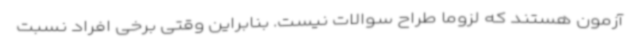
آزمون هستند که لزوما طراح سوالات نیست. بنابراین وقتی برخی افراد نسبت